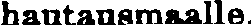
hautausmaalle.